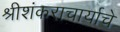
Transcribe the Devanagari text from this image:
श्रीशंकराचार्याचे